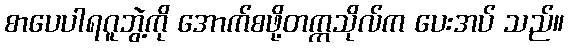
စာပေပါရဂူဘွဲ့ကို အောက်စဖို့တက္ကသိုလ်က ပေးအပ် သည်။